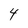
Character: 4